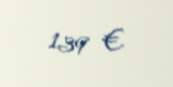
139 €